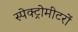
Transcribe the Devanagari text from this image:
स्पेक्ट्रोमीटरों